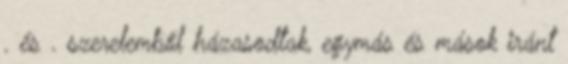
. és . szerelemből házasodtak, egymás és mások iránt